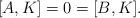
LaTeX: \begin{align*}[A,K] = 0 = [B,K].\end{align*}